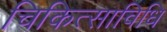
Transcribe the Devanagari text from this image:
चिकित्साविधि